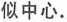
似中心.